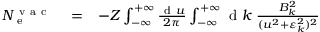
\begin{array} { r l r } { N _ { \mathrm { ~ e ~ } } ^ { \mathrm { ~ v ~ a ~ c ~ } } } & { { } = } & { - Z \int _ { - \infty } ^ { + \infty } \frac { \ensuremath { \mathrm { ~ d ~ } } u } { 2 \pi } \int _ { - \infty } ^ { + \infty } \ensuremath { \mathrm { ~ d ~ } } k \; \frac { B _ { k } ^ { 2 } } { ( u ^ { 2 } + \varepsilon _ { k } ^ { 2 } ) ^ { 2 } } \phantom { x x x x x x x x x } } \end{array}